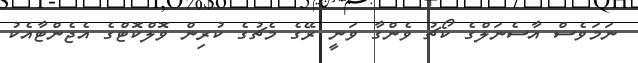
ނަމަވެސް އާސެނަލްގެ ކޯޗު ވެންގާ ވަނީ ރޭގެ މެޗުގެ ކުރިން ވޮލްކޮޓްގެ އެޖެންޓާއެކު